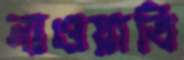
নাওয়াবি